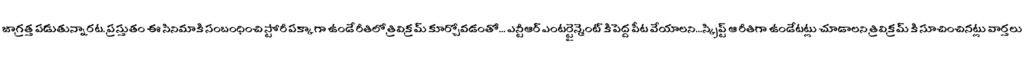
జాగ్రత్త పడుతున్నారట. ప్రస్తుతం ఈ సినిమాకి సంబంధించి స్టోరీ పక్కాగా ఉండే రీతిలో త్రివిక్రమ్ కూర్చోవడంతో... ఎన్టీఆర్ ఎంటర్టైన్మెంట్ కి పెద్ద పీట వేయాలని...స్క్రిప్ట్ ఆ రీతిగా ఉండేటట్లు చూడాలని త్రివిక్రమ్ కి సూచించినట్లు వార్తలు